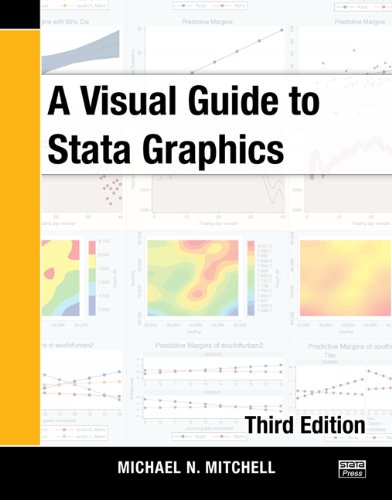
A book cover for A Visual Guide to Stata Graphics, Third Edition; Michael N. Mitchell; Computers & Technology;